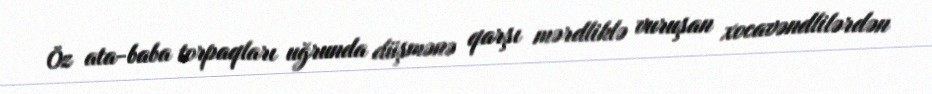
Öz ata-baba torpaqları uğrunda düşmənə qarşı mərdliklə vuruşan xocavəndlilərdən